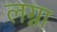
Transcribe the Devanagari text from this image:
लग्ना